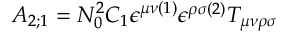
A _ { 2 ; 1 } = { \cal N } _ { 0 } ^ { 2 } { \cal C } _ { 1 } \epsilon ^ { \mu \nu ( 1 ) } \epsilon ^ { \rho \sigma ( 2 ) } T _ { \mu \nu \rho \sigma }